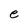
Character: e